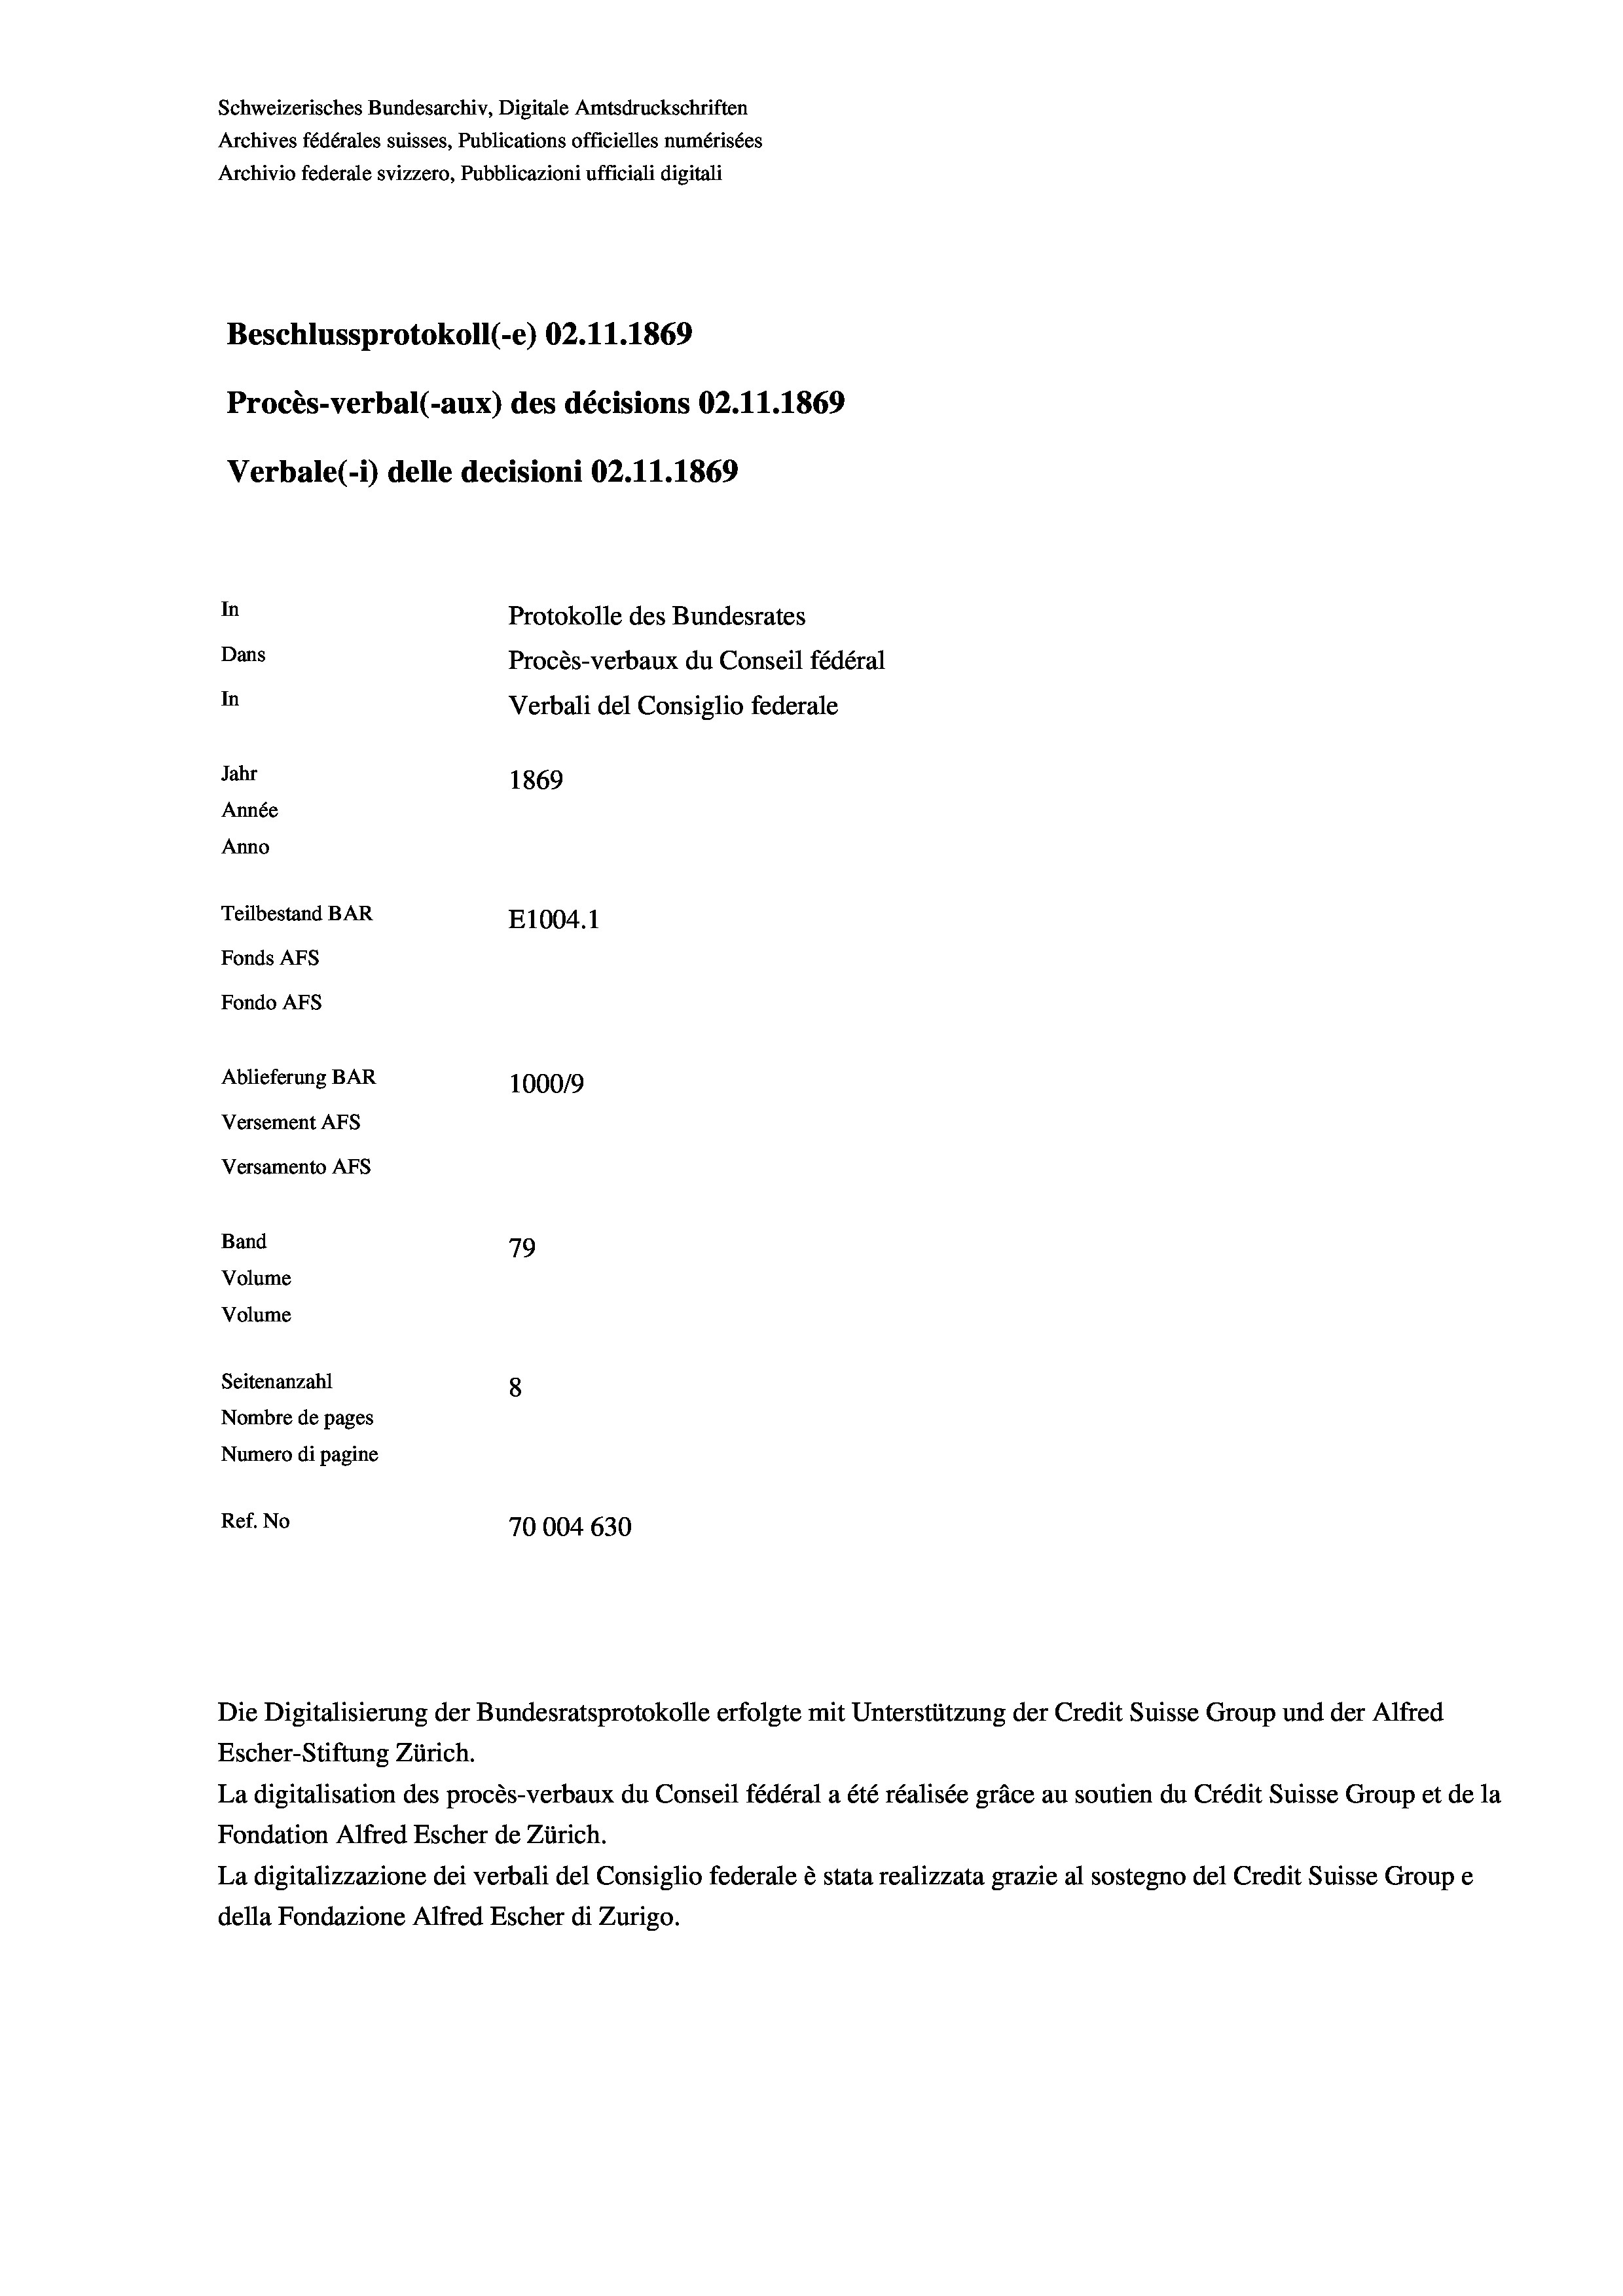
Schweizerisches Bundesarchiv, Digitale Amtsdruckschriften
Archives fédérales suisses, Publications officielles numérisées
Archivio federale svizzero, Pubblicazioni ufficiali digitali
Beschlussprotokoll (-e) 02.11.1869
Procès-verbal (-aux) des décisions 02.11.1869
Verbale (i) delle decisioni 02.11.1869
In
Protokolle des Bundesrates
Dans
Procès-verbaux du Conseil fédéral
In
Verbali del Consiglio federale
Jahr
1869
Année
Anno
Teilbestand BAR
E1004.1
Fonds Afs
Fondo Afs
Ablieferung BAR
1000/9
Versement AFS
Versamento Afs
Band
79
Volume
Volume
Seitenanzahl
8
Nombre de pages
Numero di pagine
Ref. No
70004 630

La digitalisation des procès-verbaux du Conseil fédéral a été réalisée gräce au soutien du Crédit Suisse Group et de la
Fondation Alfred Escher de Zürich.
La digitalizzazione dei verbali del Consiglio federale è stata realizzata grazie al sostegno del Credit Suisse Groupe
della Fondazione Alfred Escher di Zurigo.

Die Digitalisierung der Bundesratsprotokolle erfolgte mit Unterstützung der Credit Suisse Group und der Alfred
Escher-Stiftung Zürich.